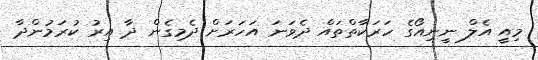
މިއީ އެލް ނީނިއޯގެ ހަރަކާތްތައް ދެވަނަ އަހަރަށް ދެމިގެން ދާ އިރު ކުރަމުންދާ